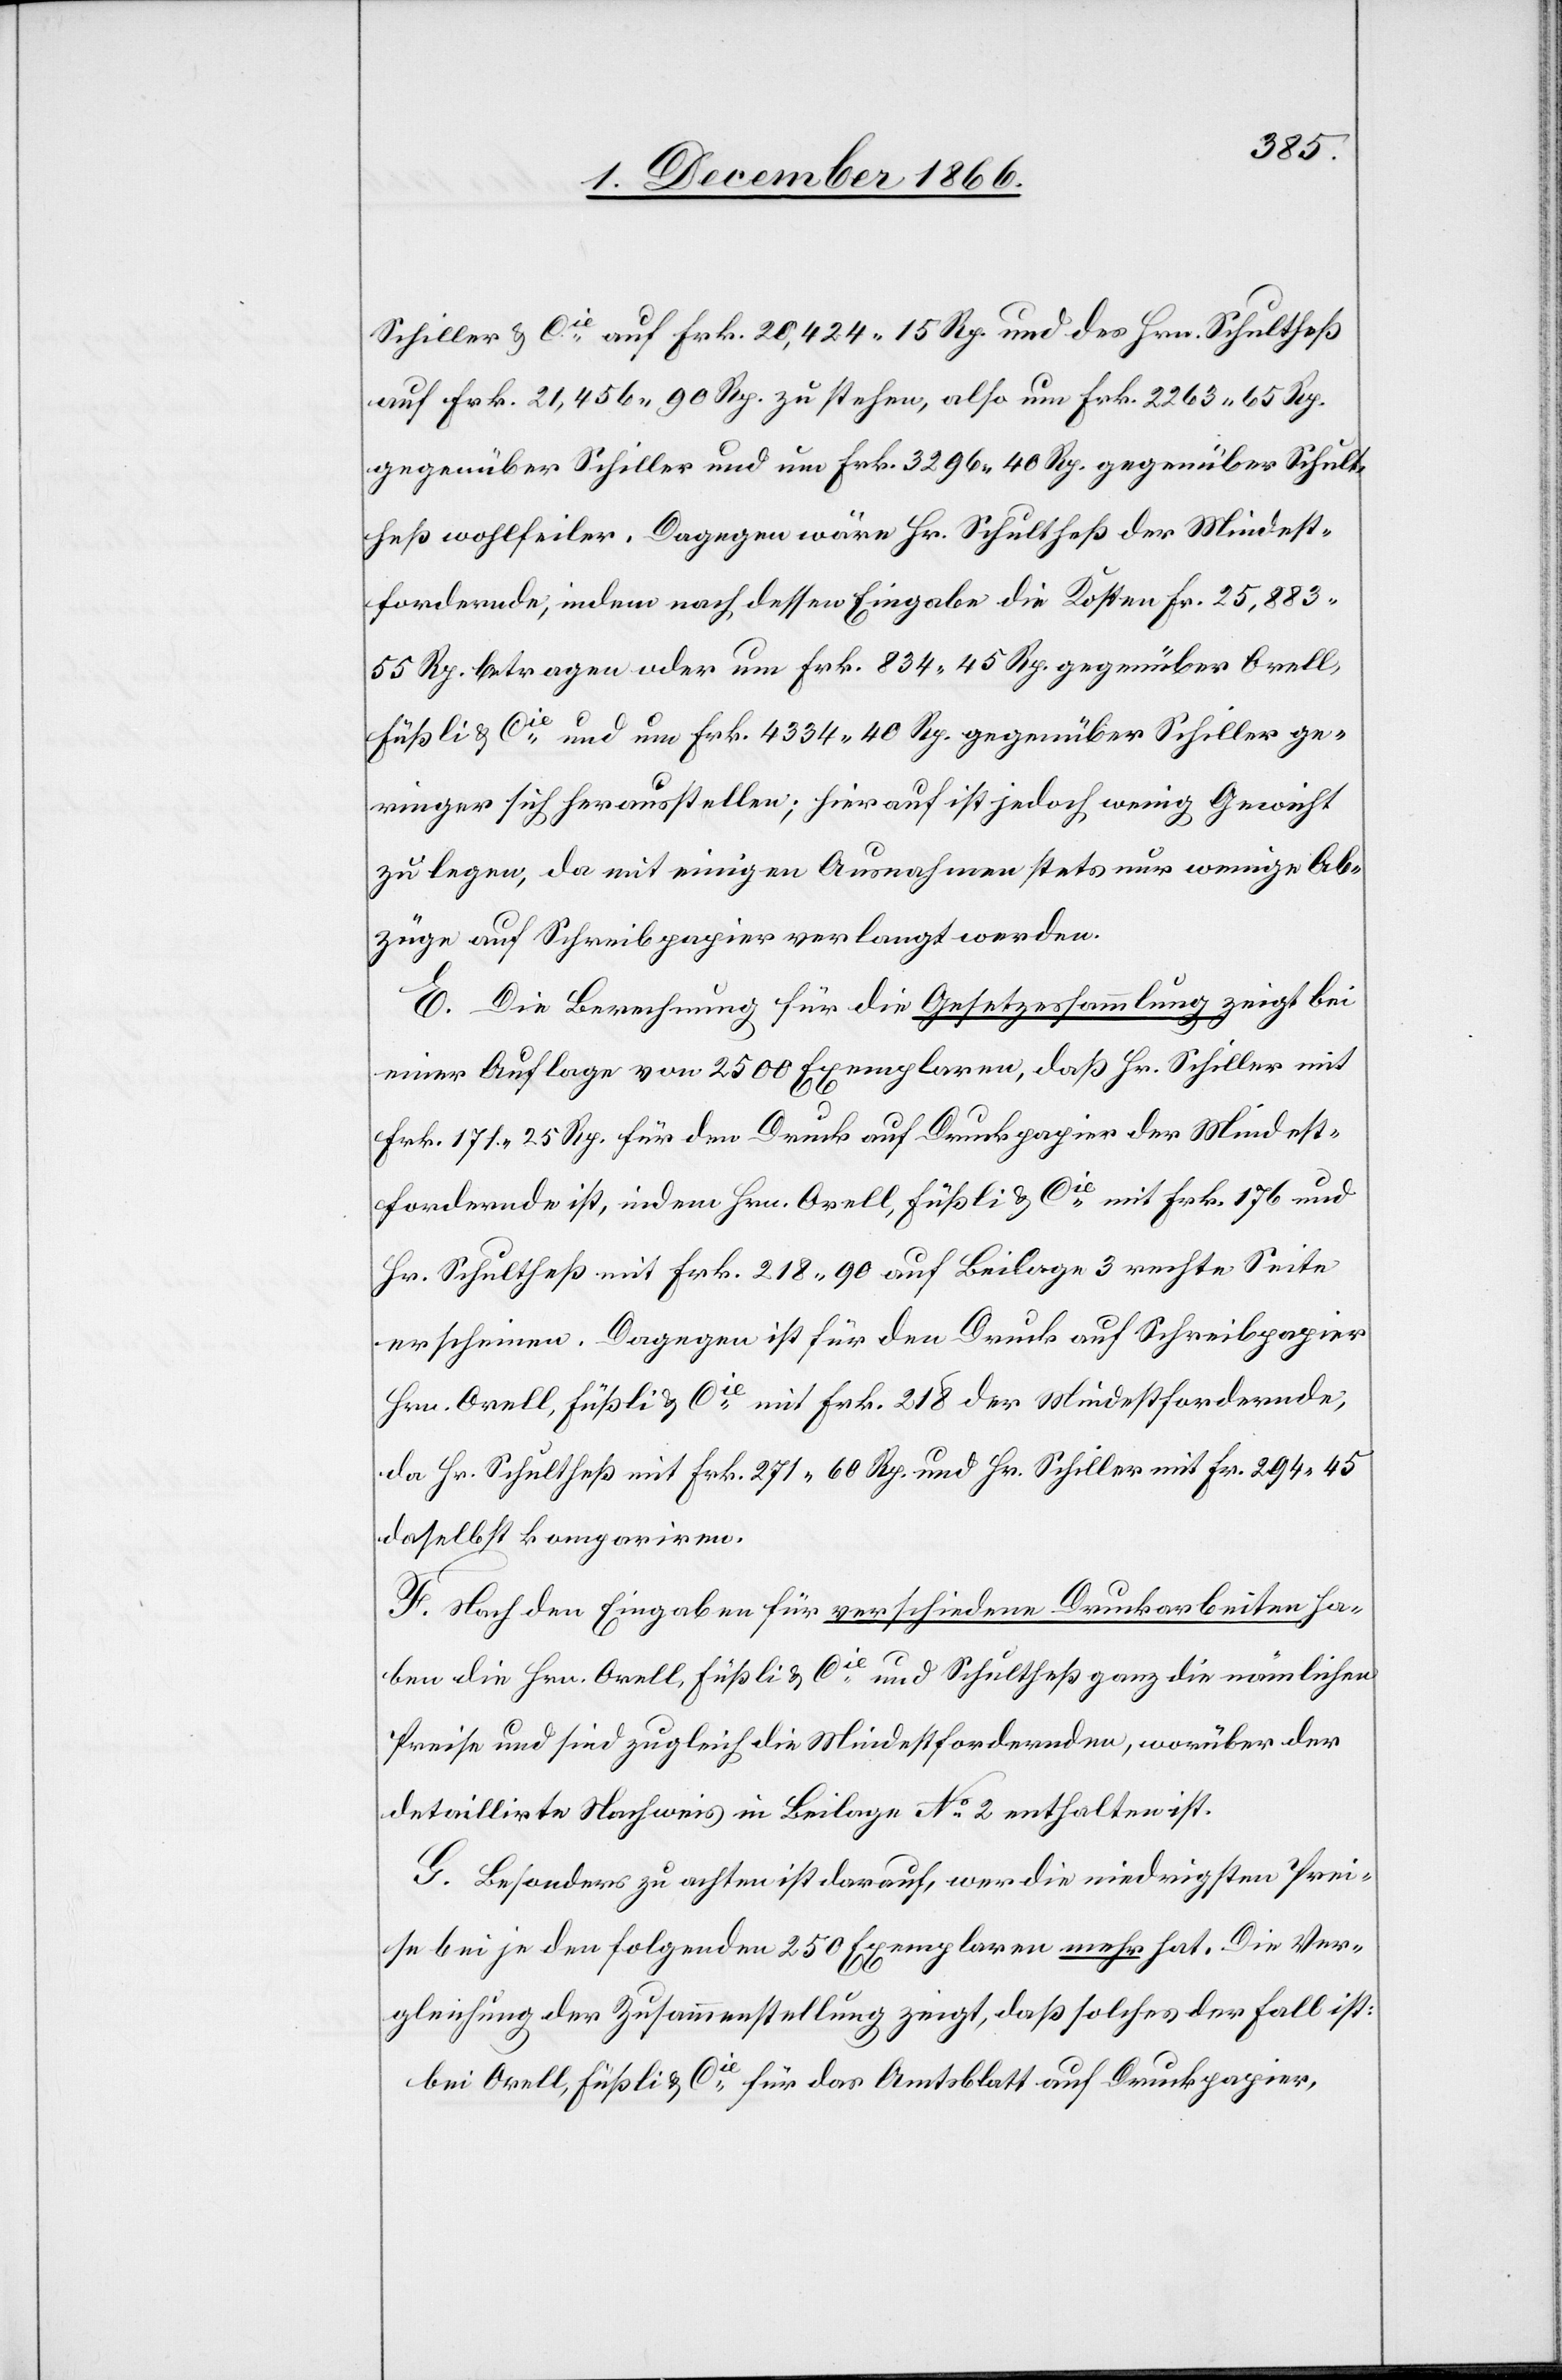
Schiller & Cie. auf Frk. 20 424.15 Rp. und des Hrn. Schultheß
auf Frk. 21 456.90 Rp. zu stehen, also um Frk. 2263.65 Rp.
gegenüber Schiller und um Frk. 3296.40 Rp. gegenüber Schult¬
heß wohlfeiler. Dagegen wäre Hr. Schultheß der Mindest¬
fordernde, indem nach dessen Eingabe die Kosten Fr. 25 883.55
Rp. betragen oder um Frk. 834.45 Rp. gegenüber Orell,
Füßli & Cie. und um Frk. 4334.40 Rp. gegenüber Schiller ge¬
ringer sich herausstellen; hierauf ist jedoch wenig Gewicht
zu legen, da mit einigen Ausnahmen stets nur wenige Ab¬
züge auf Schreibpapier verlangt werden.
E. Die Berechnung für die Gesetzessammlung zeigt bei
einer Auflage von 2500 Exemplaren, daß Hr. Schiller mit
Frk. 171.25 Rp. für den Druck auf Druckpapier der Mindest¬
fordernde ist, indem Hrn. Orell, Füßli & Cie. mit Frk. 176 und
Hr. Schultheß mit Frk. 218.90 auf Beilage 3 rechte Seite
erscheinen. Dagegen ist für den Druck auf Schreibpapier
Hrn. Orell, Füßli & Cie. mit Frk. 218 der Mindestfordernde,
da Hr. Schultheß mit Frk. 271.60 Rp. und Hr. Schiller mit Fr. 294.45
daselbst kompariren.
F. Nach den Eingaben für verschiedene Druckarbeiten ha¬
ben die Hrn. Orell, Füßli & Cie. und Schultheß ganz die nämlichen
Preise und sind zugleich die Mindestfordernden, worüber der
detaillirte Nachweis in Beilage No. 2 enthalten ist.
G. Besonders zu achten ist darauf, wer die niedrigsten Prei¬
se bei je den folgenden 250 Exemplaren mehr hat. Die Ver¬
gleichung der Zusammenstellung zeigt, daß solches der Fall ist:
bei Orell, Füßli & Cie.	für das Amtsblatt auf Druckpapier,